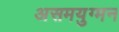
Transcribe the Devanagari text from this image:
असमयुग्मन